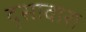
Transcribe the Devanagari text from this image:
द्सावारा